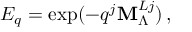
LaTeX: E _ { q } = \exp ( - q ^ { j } { \bf M } _ { \Lambda } ^ { L j } ) \, ,